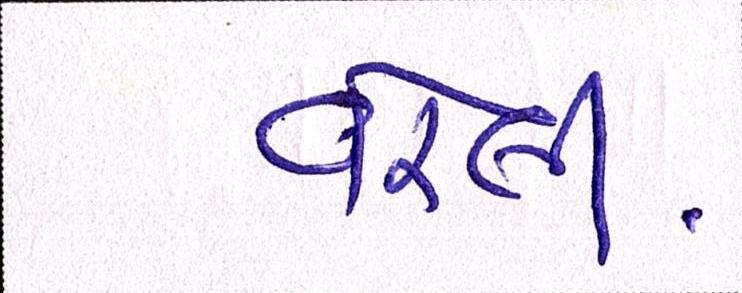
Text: વરેલી